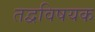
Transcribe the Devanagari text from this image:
तद्वविषयक